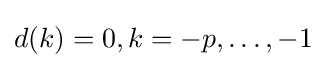
d(k)=0,k=-p,\dots ,-1